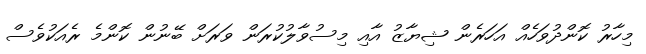
މިހާރު ކޮންދުވަހެއް އަހަރެން ޝިޔާޒު އާއި މިސުވާލުކުރަން ވަރަށް ބޭނުން ކޮންމެ ރެއަކުވެސް